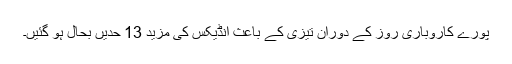
پورے کاروباری روز کے دوران تیزی کے باعث انڈیکس کی مزید 13 حدیں بحال ہو گئیں۔